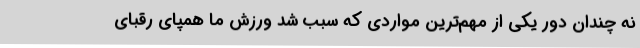
نه چندان دور یکی از مهم‌ترین مواردی که سبب شد ورزش ما همپای رقبای